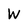
Character: W